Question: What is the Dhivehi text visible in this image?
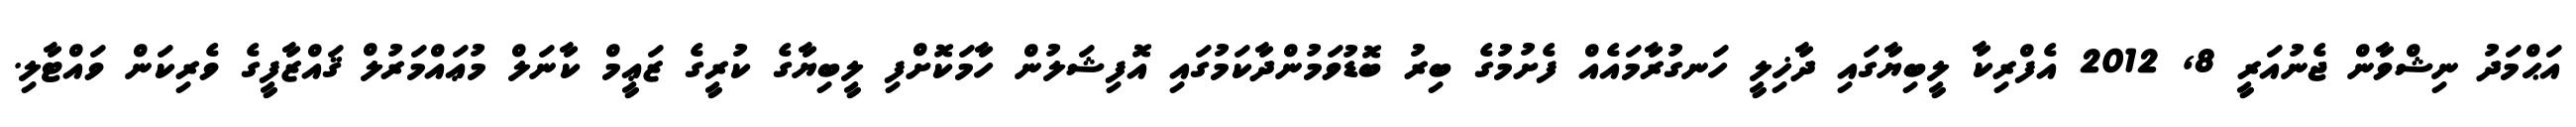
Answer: އަޙްމަދު ނިޝްވާން ޖެނުއަރީ 8, 2012 އެފްރިކާ ލީބިޔާގައި ދާޚިލީ ހަނގުރާމައެއް ފެށުމުގެ ބިރު ބޮޑުވަމުންދާކަމުގައި އޮފިޝަލުން ހާމަކޮށްފި ލީބިޔާގެ ކުރީގެ ޒަޢީމް ކާނަލް މުޢައްމަރުލް ޤައްޒާފީގެ ވެރިކަން ވައްޓާލި.